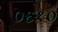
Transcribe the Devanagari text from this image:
०६१०